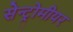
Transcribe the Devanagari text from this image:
सेन्ट्रोमीयर